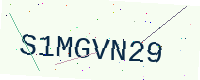
Text: S1MGVN29